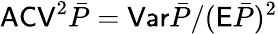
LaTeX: \mathsf{ACV}^{2}\bar{P}=\mathsf{Var}\bar{P}/(\mathsf E\bar{P})^{2}